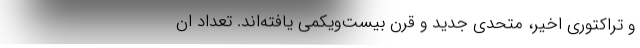
و تراکتوری اخیر، متحدی جدید و قرن بیست‌و‌یکمی یافته‌اند. تعداد ان